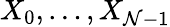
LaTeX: X_{0},\ldots,X_{\mathcal{N}-1}